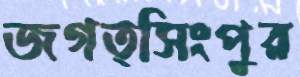
জগত্সিংপুর